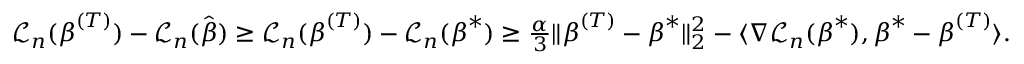
\begin{array} { r } { { \mathcal L } _ { n } ( { \boldsymbol { \beta } } ^ { ( T ) } ) - { \mathcal L } _ { n } ( \hat { \boldsymbol { \beta } } ) \geq { \mathcal L } _ { n } ( { \boldsymbol { \beta } } ^ { ( T ) } ) - { \mathcal L } _ { n } ( { \boldsymbol { \beta } } ^ { * } ) \geq \frac { \alpha } { 3 } \| { \boldsymbol { \beta } } ^ { ( T ) } - { \boldsymbol { \beta } } ^ { * } \| _ { 2 } ^ { 2 } - \langle \nabla { \mathcal L } _ { n } ( { \boldsymbol { \beta } } ^ { * } ) , { \boldsymbol { \beta } } ^ { * } - { \boldsymbol { \beta } } ^ { ( T ) } \rangle . } \end{array}